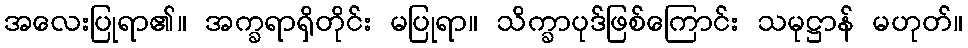
အလေးပြုရာ၏။ အက္ခရာရှိတိုင်း မပြုရာ။ သိက္ခာပုဒ်ဖြစ်ကြောင်း သမုဋ္ဌာန် မဟုတ်။